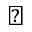
\sharp